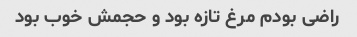
راضی بودم مرغ تازه بود و حجمش خوب بود